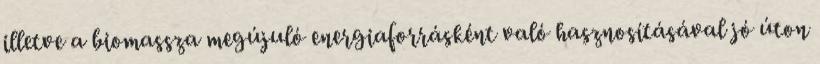
illetve a biomassza megújuló energiaforrásként való hasznosításával jó úton